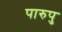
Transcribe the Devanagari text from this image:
पारुपु